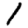
Digit: 1